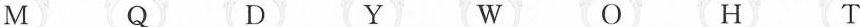
M Q D Y W O H T